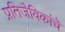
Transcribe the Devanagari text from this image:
प्रतिजैविकांचे